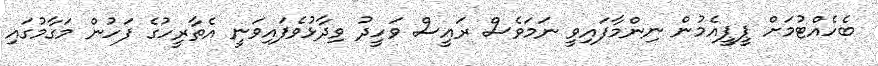
ބެހެއްޓުމަށް ޕީޕީއެމުން ނިންމާފައިވީ ނަމަވެސް ރައީސް ވަހީދު ވިދާޅުވެފައިވަނީ އެތާރީހުގެ ފަހުން މަގާމުގައި